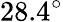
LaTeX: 28.4^{\circ}